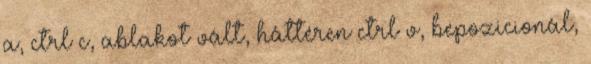
a, ctrl c, ablakot vált, háttéren ctrl v, bepozicionál,